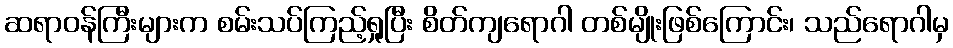
ဆရာဝန်ကြီးများက စမ်းသပ်ကြည့်ရှုပြီး စိတ်ကျရောဂါ တစ်မျိုးဖြစ်ကြောင်း၊ သည်ရောဂါမှ